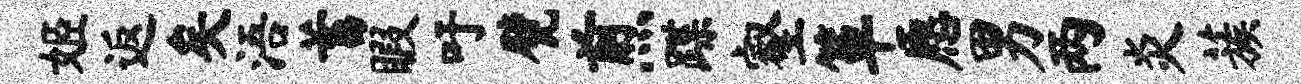
姬返矣浯蓄暇吁甓煎蹀壑箪愿男两炎蔟